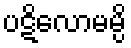
ပဋိလောမမ္ပိ